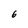
Character: 6